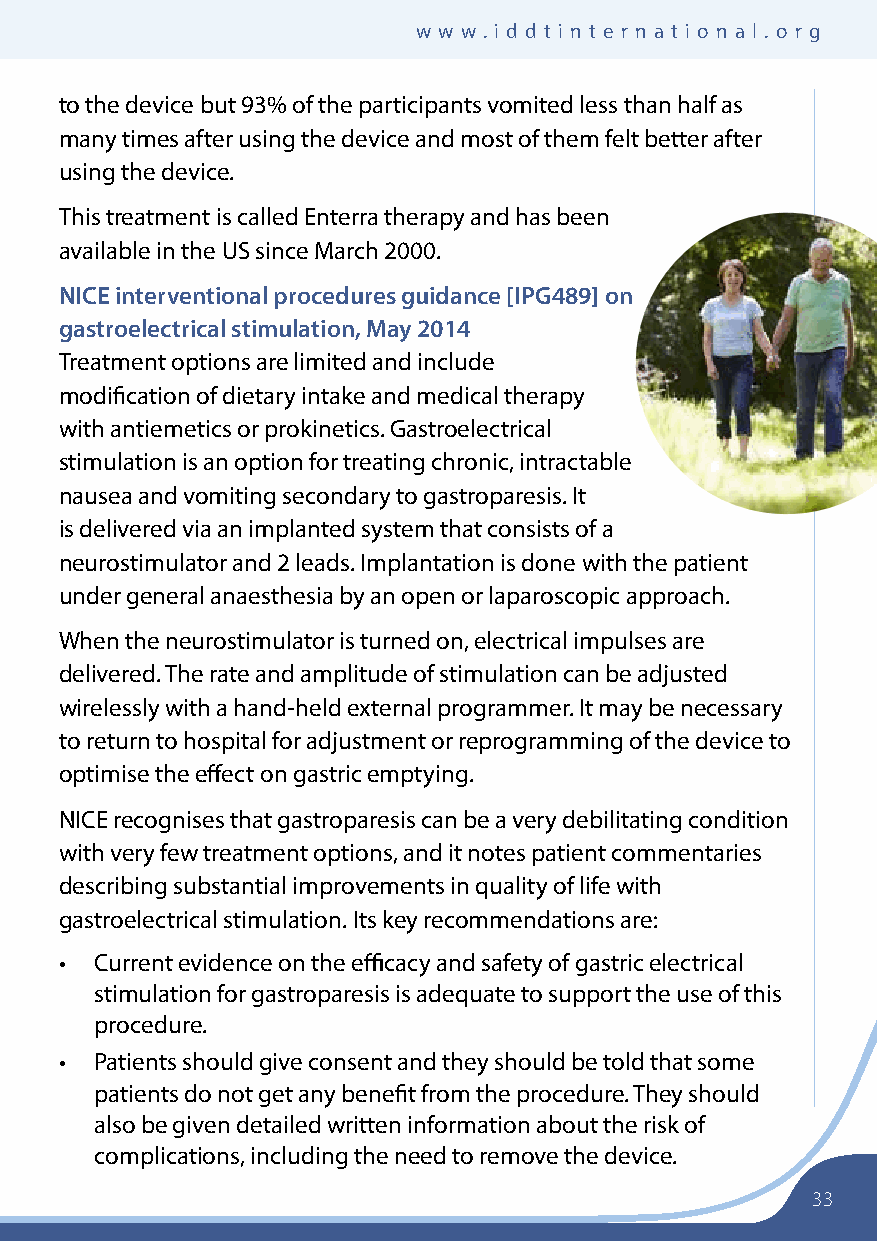
I n s u lI n D e p e nD e n t DI a b e t e s t r u s t wwwwww..iiddddttiinntteerrnnaattiioonnaall..oorrgg
 to the device but 93% of the participants vomited less than half as
 many times after using the device and most of them felt better after
 using the device.
 This treatment is called Enterra therapy and has been
 available in the US since March 2000.
 NICE interventional procedures guidance [IPG489] on
 gastroelectrical stimulation, May 2014
 Treatment options are limited and include
 modification of dietary intake and medical therapy
 with antiemetics or prokinetics. Gastroelectrical
 stimulation is an option for treating chronic, intractable
 nausea and vomiting secondary to gastroparesis. It
 is delivered via an implanted system that consists of a
 neurostimulator and 2 leads. Implantation is done with the patient
 under general anaesthesia by an open or laparoscopic approach.
 When the neurostimulator is turned on, electrical impulses are
 delivered. The rate and amplitude of stimulation can be adjusted
 wirelessly with a hand-held external programmer. It may be necessary
 to return to hospital for adjustment or reprogramming of the device to
 optimise the effect on gastric emptying.
 NICE recognises that gastroparesis can be a very debilitating condition
 with very few treatment options, and it notes patient commentaries
 describing substantial improvements in quality of life with
 gastroelectrical stimulation. Its key recommendations are:
 • Current evidence on the efficacy and safety of gastric electrical
 stimulation for gastroparesis is adequate to support the use of this
 procedure.
 • Patients should give consent and they should be told that some
 patients do not get any benefit from the procedure. They should
 also be given detailed written information about the risk of
 complications, including the need to remove the device.
 33